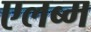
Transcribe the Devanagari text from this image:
एलब्म